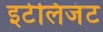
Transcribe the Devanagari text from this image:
इटेलिजंट